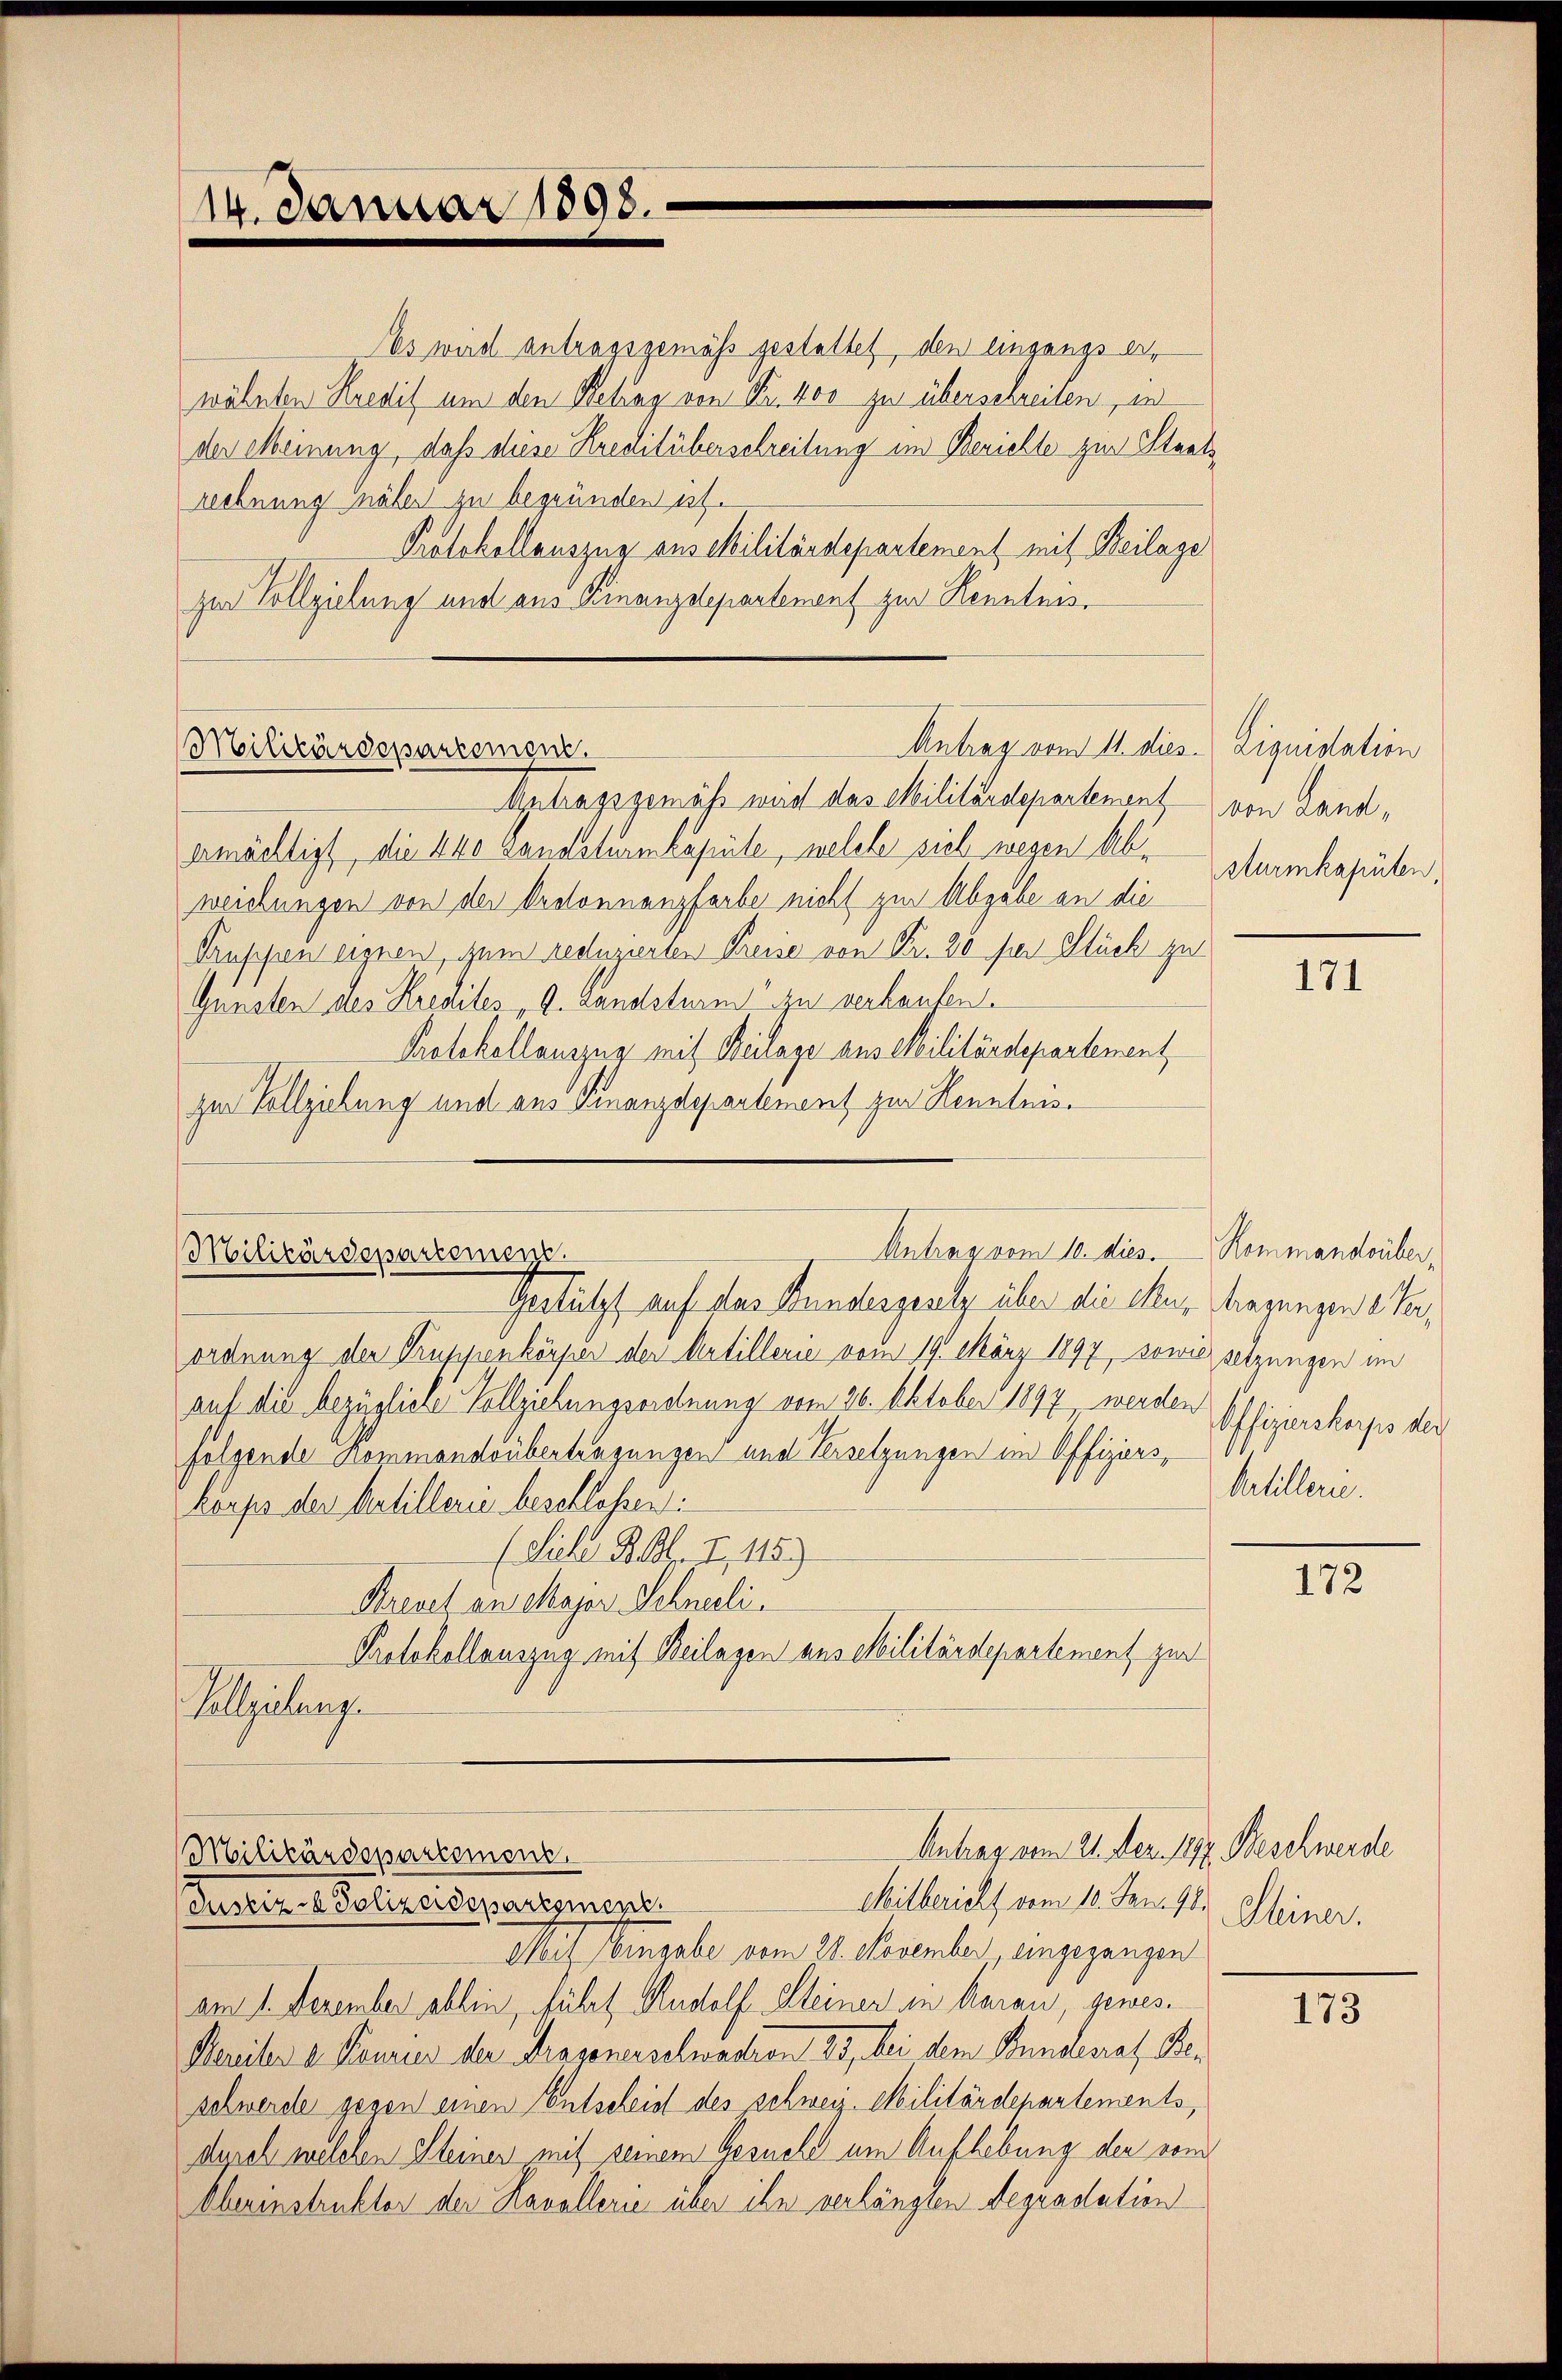
Militärdepartement.

Antrag vom 10. dies
Militärdepartemen

14. Januar 1898.

Es wird antragsgemäß gestattet, den eingangs erwähnten Kredit um den Retrag von Nr. 400 zu überschreiben, in
der Meinung, daß diese Kreditüberschreibung im Berichte zur Staatsrechnung näher zu begründen ist.
Protokollauszug aus Militärdepartement mit Beilage
zur Vollziehung und aus Finanzdepartement zur Kenntnis.
Antragsgemäss wird das Militärdepartement von Landermächtigt, die 440 Landsturmkapite, welche sieh wegen Abweichungen von der Ordonnanzfarbe nicht zur Abgabe an die
Truppen eignen, zum reduzirten Preise von Fr. 20 per Stück zu
Gunsten des Kredites , 9. Landsturm zu verlaufen.
Protokollauszug mit Beilage aus Militärdepartement
zur Vollziehung und aus Finanzdepartement zur Kenntnis¬

Antrag vom 11. dies Liquidation

Gestützt auf das Bundergesetz über die Mur tragungen & Verordnung der Truppenkörper der Artillerie vom 19. März 1897, sowiesetzungen im
auf die bezügliche Vollziehungsordnung vom 26. Oktober 1897 werden Offizierskorps der
folgende Kommandsübertragungen und Versetzungen im Offizierskorps der Artillerie beschlossen:
(Siche Rat. I, 115)
Krevet an Major Schneeli
Protokollauszug mit Beilagen aus Militärdepartement zur
Vollziehung

Antrag vom 21. Dez. 182. Beschwerde
Militärdepartemont.
Mitbericht vom 10. Jan. 96.
Justiz- Polizeidepartement.

Mit Eingabe vom 28. November, eingegangen
am 1. Dezember abhin, führt Rudolf Kleiner in Aarau, gewes¬
Mariler a. Konzes der Fragenerselwadron 33, bei dem Bundesrat Beschwerde gegen einen Entscheid des schweiz. Militärdepartements,
desich welchen Kleinen mit seinem Gesuche um Aufhebung der vom
Ohrinstruktor der Havallerie über ihn verlängten degradation

sturmkapüten,

171

Kommandsüber,
Artillerie.

172

Keiner.

173